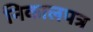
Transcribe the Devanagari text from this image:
निकालपत्र